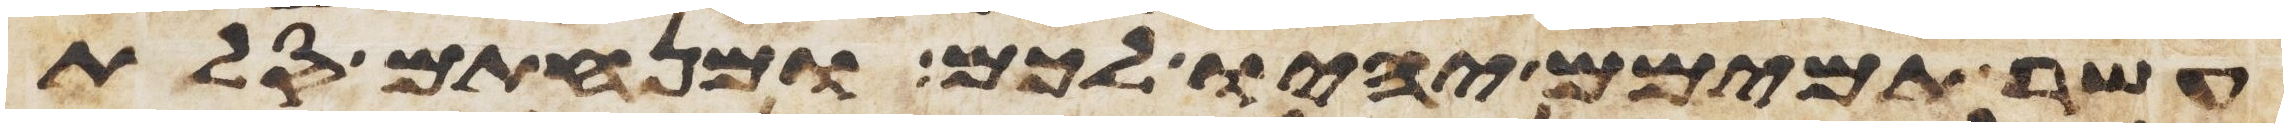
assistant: עשר תמימם יהיו לכם ומנחתם סלת